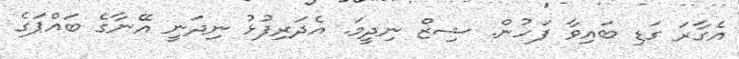
އެގާރަ ގަޑި ބައިވާ ފަހުން. ޝިޒް ނިދީމަ. އެދަރިފުޅު ނިދަނީ އޭނާގެ ބައްޕަގެ